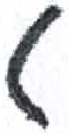
אות: ט